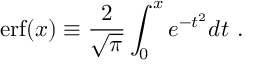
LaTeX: \mathrm { e r f } ( x ) \equiv { \frac { 2 } { \sqrt { \pi } } } \int _ { 0 } ^ { x } e ^ { - t ^ { 2 } } d t \ .